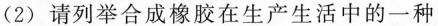
(2)请列举合成橡胶在生产生活中的一种